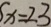
x = 2 3